Relation of titanus [i.e. tetanus] to the hypodermic or intramuscular injection of quinine - Number 43
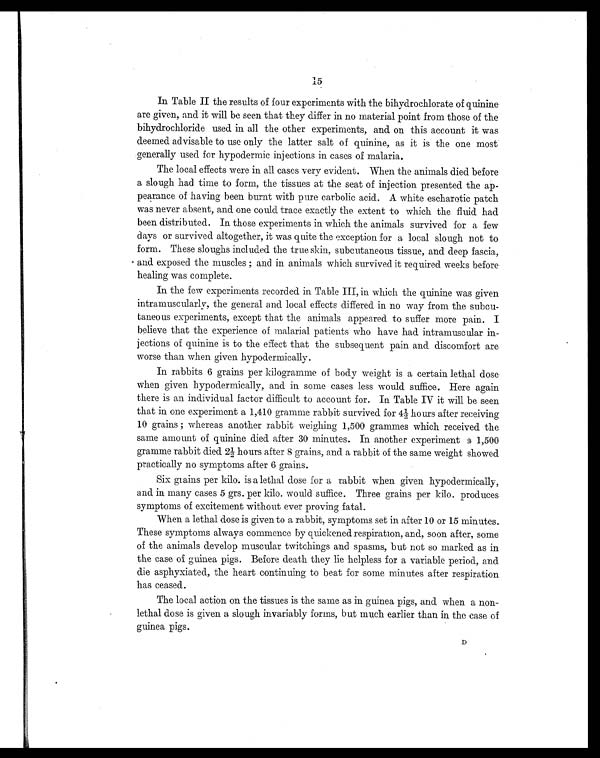
In Table II the results of four experiments with the bihydrochlorate of quinine
are given, and it will be seen that they differ in no material point from those of the
bihydrochloride used in all the other experiments, and on this account it was
deemed advisable to use only the latter salt of quinine, as it is the one most
generally used for hypodermic injections in cases of malaria.
The local effects were in all cases very evident. When the animals died before
a slough had time to form, the tissues at the seat of injection presented the ap-
pearance of having been burnt with pure carbolic acid. A white escharotic patch
was never absent, and one could trace exactly the extent to which the fluid had
been distributed. In those experiments in which the animals survived for a few
days or survived altogether, it was quite the exception for a local slough not to
form. These sloughs included the true skin, subcutaneous tissue, and deep fascia,
and exposed the muscles ; and in animals which survived it required weeks before
healing was complete.
In the few experiments recorded in Table III, in which the quinine was given
intramuscularly, the general and local effects differed in no way from the subcu-
taneous experiments, except that the animals appeared to suffer more pain. I
believe that the experience of malarial patients who have had intramuscular in-
jections of quinine is to the effect that the subsequent pain and discomfort are
worse than when given hypodermically.
In rabbits 6 grains per kilogramme of body weight is a certain lethal dose
when given hypodermically, and in some cases less would suffice. Here again
there is an individual factor difficult to account for. In. Table IV it will be seen
that in one experiment a 1,410 gramme rabbit survived for 4½ hours after receiving
10 grains ; whereas another rabbit weighing 1,500 grammes which received the
same amount of quinine died after 30 minutes. In another experiment a 1,500
gramme rabbit died 2½ hours after 8 grains, and a rabbit of the same weight showed
practically no symptoms after 6 grains.
Six grains per kilo. is a lethal dose for a rabbit when given hypodermically,
and in many cases 5 grs. per kilo. would suffice. Three grains per kilo. produces
symptoms of excitement without ever proving fatal.
When a lethal dose is given to a rabbit, symptoms set in after 10 or 15 minutes.
These symptoms always commence by quickened respiration, and, soon after, some
of the animals develop muscular twitchings and spasms, but not so marked as in
the case of guinea pigs. Before death they lie helpless for a variable period, and
die asphyxiated, the heart continuing to beat for some minutes after respiration
has ceased.
The local action on the tissues is the same as in guinea pigs, and when a non
-lethal dose is given a slough invariably forms, but much earlier than in the case of
guinea pigs.